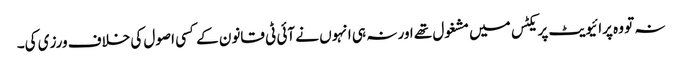
نہ تو وہ پرائیویٹ پریکٹس میں مشغول تھے اور نہ ہی انہوں نے آئی ٹی قانون کے کسی اصول کی خلاف ورزی کی۔